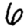
Digit: 6